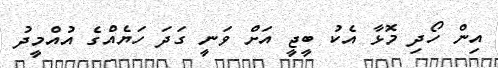
އިން ހޯދި މޮޅާ އެކު ބީޖީ އަށް ވަނީ ގަދަ ހަޔެއްގެ އުއްމީދު